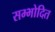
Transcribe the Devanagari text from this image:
सम्भोदित